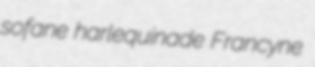
sofane harlequinade Francyne